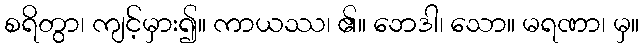
စရိတွာ၊ ကျင့်မှား၍။ ကာယဿ၊ ၏။ ဘေဒါ၊ သော။ မရဏာ၊ မှ။